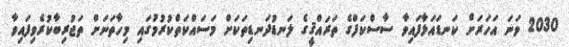
2030 ވަނަ އަހަރަށް ކަނޑައަޅާފައިވާ ސާސްކަފްގެ ތަރައްޤީގެ ލަނޑުދަނޑިތަަކަށް މަސައްކަތްކުރުމުގައި މިހާތަނަށް ތަޖުރިބާކުރެވިފައިވާ